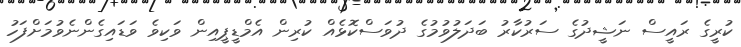
ކުރީގެ ރައީސް ނަޝީދުގެ ސަރުކާރު ބަދަލުވުމުގެ ދުވަސްކޮޅެއް ކުރިން އެމްޑީޕީއިން ވަކިވެ ވަޑައިގެންނެވުމަށްފަހު